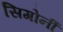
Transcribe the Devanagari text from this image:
सिगोर्नी